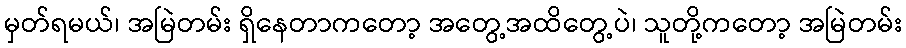
မှတ်ရမယ်၊ အမြဲတမ်း ရှိနေတာကတော့ အတွေ့အထိတွေ့ပဲ၊ သူတို့ကတော့ အမြဲတမ်း